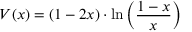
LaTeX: V ( x ) = ( 1 - 2 x ) \cdot \ln \left( { \frac { 1 - x } { x } } \right)